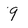
Character: 9